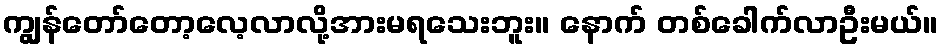
ကျွန်တော်တော့လေ့လာလို့အားမရသေးဘူး။ နောက် တစ်ခေါက်လာဦးမယ်။